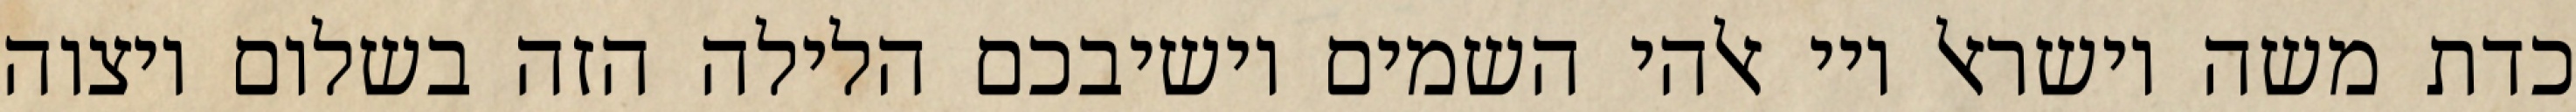
כדת משה וישראל ויי אלהי השמים יושיבכם הלילה הזה בשלום ויצוה